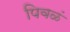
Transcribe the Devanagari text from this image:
पिवळं